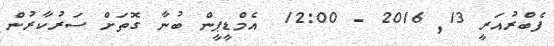
ފެބްރުއަރީ 13